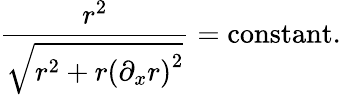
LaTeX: \frac{r^{2}}{\sqrt{r^{2}+r\left({{\partial}_{x}r}\right)^{2}}}={\mathrm{constant}}.